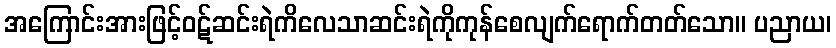
အကြောင်းအားဖြင့်ဝဋ်ဆင်းရဲကိလေသာဆင်းရဲကိုကုန်စေလျက်ရောက်တတ်သော။ ပညာယ၊